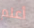
أعلم